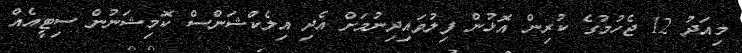
މިއަދު 12 ޖެހުމުގެ ކުރިން އޮޅުން ފިލުވައިދިނުމަށް އެދި އިލެކްޝަންސް ކޮމިޝަނުން ސިޓީއެއް